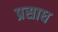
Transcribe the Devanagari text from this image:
प्रसाध